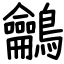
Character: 鸙